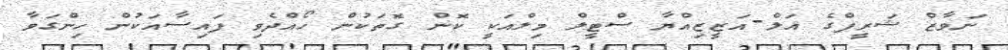
ނަވާޒް ޝަރީފްގެ އަލް-އަޒީޒިއްޔާ ސްޓީލް މިލްއަކީ ކޮން ގޮތަކުން ހޯއްދެވި ފައިސާއަކުން ހިންގަވާ